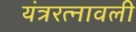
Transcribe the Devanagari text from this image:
यंत्ररत्नावली